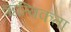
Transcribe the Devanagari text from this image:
ऋत्विकता